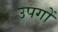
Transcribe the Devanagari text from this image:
उपगों